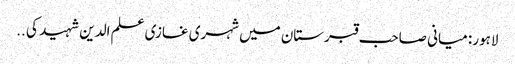
لاہور: میانی صاحب قبرستان میں شہری غازی علم الدین شہید کی ..